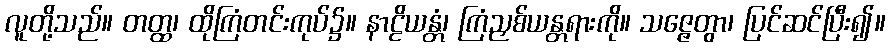
လူတို့သည်။ တတ္ထ၊ ထိုကြံတင်းကုပ်၌။ နာဠိယန္တံ၊ ကြံညှစ်ယန္တရားကို။ သဇ္ဇေတွာ၊ ပြင်ဆင်ပြီး၍။